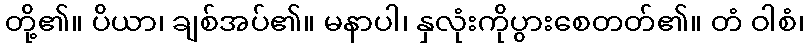
တို့၏။ ပိယာ၊ ချစ်အပ်၏။ မနာပါ၊ နှလုံးကိုပွားစေတတ်၏။ တံ ဝါစံ၊